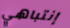
إنتباهي